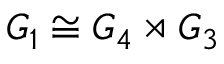
G _ { 1 } \cong G _ { 4 } \rtimes G _ { 3 }